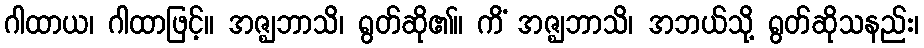
ဂါထာယ၊ ဂါထာဖြင့်။ အဇ္ဈဘာသိ၊ ရွတ်ဆို၏။ ကိံ အဇ္ဈဘာသိ၊ အဘယ်သို့ ရွတ်ဆိုသနည်း၊